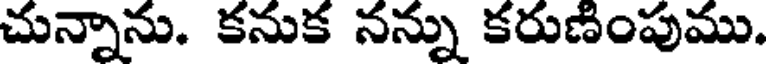
చున్నాను. కనుక నన్ను కరుణింపుము.